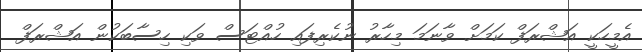
އެމީހަކީ އަޝްރަފް ކަމަށް ވާނަމަ މިހާރު ނުކެރިފައި ހުއްޓަސް ވަކި ހިސާބަކުން އަޝްރަފް